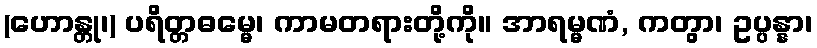
(ဟောန္တု၊) ပရိတ္တဓမ္မေ၊ ကာမတရားတို့ကို။ အာရမ္မဏံ, ကတွာ၊ ဥပ္ပန္နာ၊